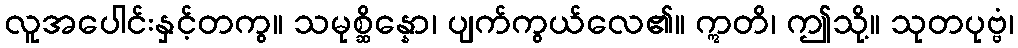
လူအပေါင်းနှင့်တကွ။ သမုစ္ဆိန္နော၊ ပျက်ကွယ်လေ၏။ ဣတိ၊ ဤသို့။ သုတပုဗ္ဗံ၊